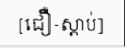
[ជឿ-ស្តាប់]